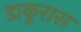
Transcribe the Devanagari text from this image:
डाकूरास